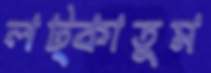
লট্‌কাতুম